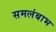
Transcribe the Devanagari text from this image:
समलंबाभ